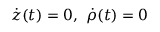
\dot { z } ( t ) = 0 , \ \dot { \rho } ( t ) = 0